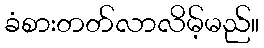
ခံစားတတ်လာလိမ့်မည်။